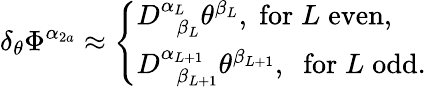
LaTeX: \delta_{\theta}\Phi^{\alpha_{2a}}\approx\left\{ \begin{array}{l}{{D_{\; \; \beta_{L}}^{\alpha_{L}}\theta^{\beta_{L}},\; \mathrm{for}\; L\; \mathrm{even},}}\\ {{D_{\; \; \beta_{L+1}}^{\alpha_{L+1}}\theta^{\beta_{L+1}},\; \; \mathrm{for}\; L\; \mathrm{odd}.}}\end{array}\right.